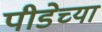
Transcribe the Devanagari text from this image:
पीडेच्या